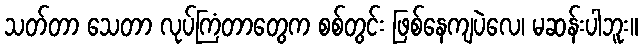
သတ်တာ သေတာ လုပ်ကြံတာတွေက စစ်တွင်း ဖြစ်နေကျပဲလေ၊ မဆန်းပါဘူး။